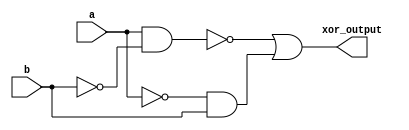
module xor_gate(
    input wire a,
    input wire b,
    output wire xor_output
);

assign xor_output = ~(a & ~b) | (~a & b);

endmodule